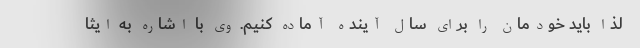
لذا باید خودمان را برای سال آینده آماده کنیم. وی با اشاره به ایثا